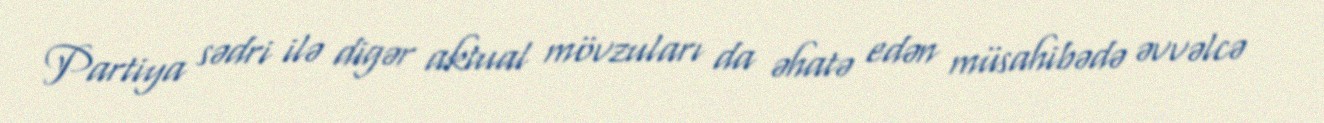
Partiya sədri ilə digər aktual mövzuları da əhatə edən müsahibədə əvvəlcə